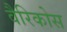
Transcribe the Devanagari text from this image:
वैरिकोस